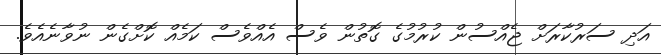
އަދި ސަރުކާރަށް ޖެއްސުން ކުރުމުގެ ގޮތުން ވެސް އެއްވެސް ކަމެއް ކޮށްގެން ނުވާނެއެވެ.